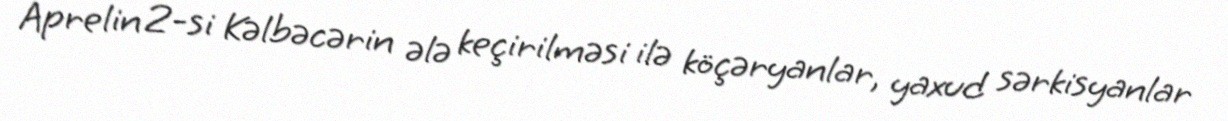
Aprelin 2-si Kəlbəcərin ələ keçirilməsi ilə köçəryanlar, yaxud sərkisyanlar